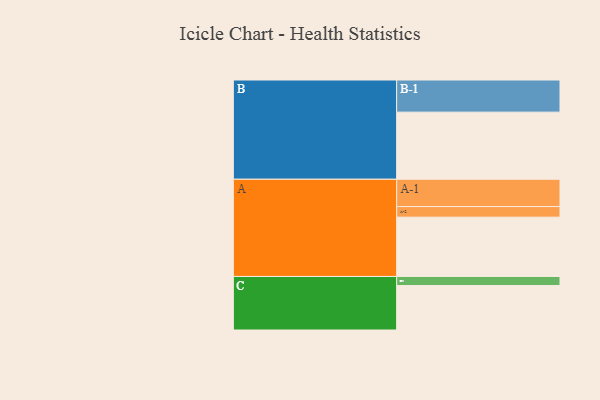
{"axis": {"x": "Segment", "y": "Value"}, "legend": ["", "A", "B", "C"], "data": [{"x": "A", "y": 515, "type": ""}, {"x": "B", "y": 583, "type": ""}, {"x": "C", "y": 386, "type": ""}, {"x": "A-1", "y": 237, "type": "A"}, {"x": "A-2", "y": 92, "type": "A"}, {"x": "B-1", "y": 279, "type": "B"}, {"x": "C-1", "y": 79, "type": "C"}]}